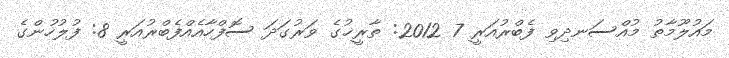
މައުލޫމާތު މުއްސަނދިވި ފެބްރުއަރީ 7 2012: ތާރީޚުގެ ވަރުގަދަ ސޮފްހާއެއްފެބްރުއަރީ 8: ފުލުހުންގެ